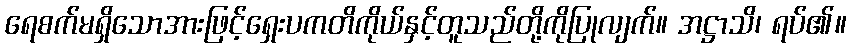
ရေစက်မရှိသောအားဖြင့်ရှေးပကတိကိုယ်နှင့်တူသည်တို့ကိုပြုလျက်။ အဋ္ဌာသိ၊ ရပ်၏။